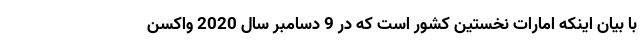
با بیان اینکه امارات نخستین کشور است که در 9 دسامبر سال 2020 واکسن